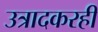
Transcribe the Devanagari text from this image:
उत्रादकरही